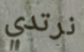
نرتدي